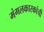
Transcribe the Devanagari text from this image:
मंगलकारकांची